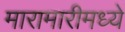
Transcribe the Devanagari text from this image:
मारामारीमध्ये